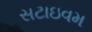
સટાઇવમ